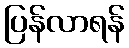
ပြန်လာရန်